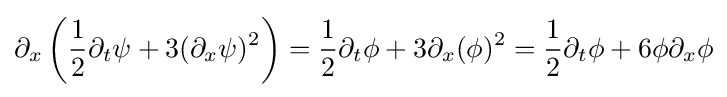
\partial _{x}\left({\frac {1}{2}}\partial _{t}\psi +3(\partial _{x}\psi )^{2}\right)={\frac {1}{2}}\partial _{t}\phi +3\partial _{x}(\phi )^{2}={\frac {1}{2}}\partial _{t}\phi +6\phi \partial _{x}\phi